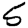
Digit: 5